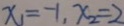
x _ { 1 } = - 1 , x _ { 2 } = 2